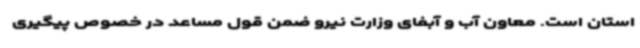
استان است. معاون آب و آبفای وزارت نیرو ضمن قول مساعد در خصوص پیگیری